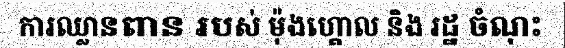
ការឈ្លានពាន របស់ ម៉ុងហ្គោល និង រដ្ឋ ចំណុះ